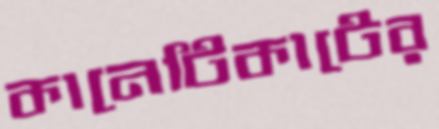
কানেটিকাটের